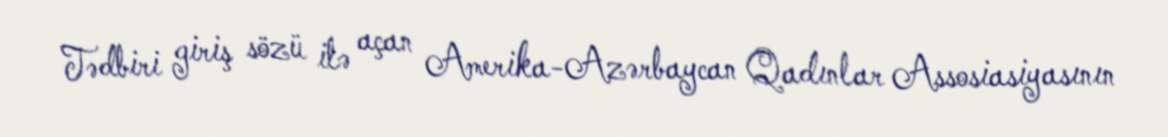
Tədbiri giriş sözü ilə açan Amerika-Azərbaycan Qadınlar Assosiasiyasının